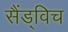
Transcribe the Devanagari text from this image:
सैंड्विच